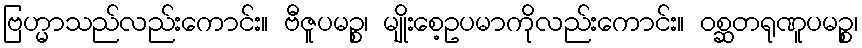
ဗြဟ္မာသည်လည်းကောင်း။ ဗီဇူပမဉ္စ၊ မျိုးစေ့ဥပမာကိုလည်းကောင်း။ ဝစ္ဆတရုဏူပမဉ္စ၊